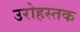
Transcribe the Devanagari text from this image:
उरोहस्तक